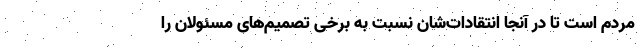
مردم است تا در آنجا انتقادات‌شان نسبت به برخی تصمیم‌های مسئولان را